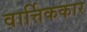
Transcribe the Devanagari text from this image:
वार्त्तिककार